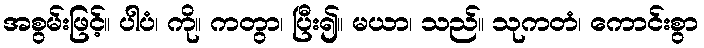
အစွမ်းဖြင့်။ ပါပံ၊ ကို။ ကတွာ၊ ပြီး၍။ မယာ၊ သည်။ သုကတံ၊ ကောင်းစွာ